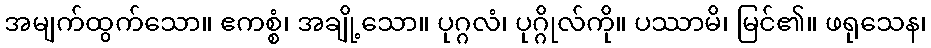
အမျက်ထွက်သော။ ဧကစ္စံ၊ အချို့သော။ ပုဂ္ဂလံ၊ ပုဂ္ဂိုလ်ကို။ ပဿာမိ၊ မြင်၏။ ဖရုသေန၊